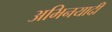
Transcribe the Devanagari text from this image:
अभिनयादी